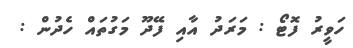
ހަވީރު ފޮޓޯ : މަރަދު އާއި ފޭދޫ މަގުތައް ހެދުން :